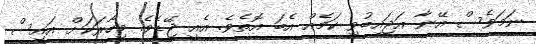
ނަމަވެސް އޭނާ އަޖައިބުވި ކަމެއް އެބަ އޮތެވެ. އެއީ ޖޭޑެވެ. މިހާރަކަށް އައިސް